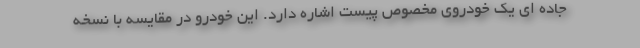
جاده ای یک خودروی مخصوص پیست اشاره دارد. این خودرو در مقایسه با نسخه